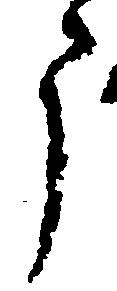
う